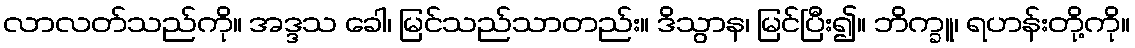
လာလတ်သည်ကို။ အဒ္ဒသ ခေါ၊ မြင်သည်သာတည်း။ ဒိသွာန၊ မြင်ပြီး၍။ ဘိက္ခူ၊ ရဟန်းတို့ကို။